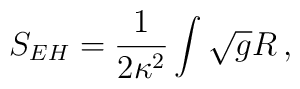
S_{EH}=\frac{1}{2\kappa^2}\int \sqrt{g}R\,,